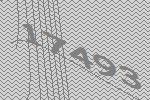
17493